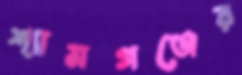
শ্যামগঞ্জের